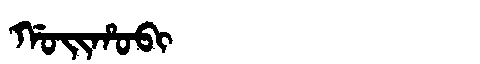
Manchu: ᡤᠣᡳᡥᠣᠪᡳ
Romanization: GOIHOBI